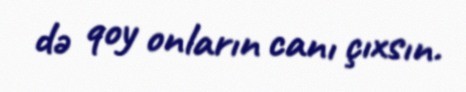
də qoy onların canı çıxsın.